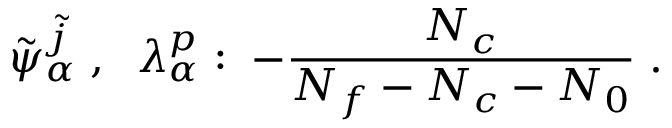
\tilde { \psi } _ { \alpha } ^ { \tilde { j } } \; , \; \; \lambda _ { \alpha } ^ { p } : \; - \frac { N _ { c } } { N _ { f } - N _ { c } - N _ { 0 } } \; .